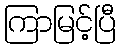
ကြာမြင့်ပြီ